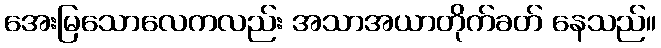
အေးမြသောလေကလည်း အသာအယာတိုက်ခတ် နေသည်။